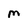
Character: M